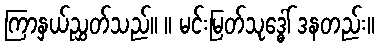
ကြာနှယ်ညွှတ်သည်။ ။ မင်းမြတ်သုဒ္ဓေါ် ဒနတည်း။